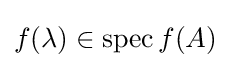
f(\lambda )\in \operatorname {spec} f(A)